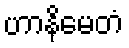
ဟာနိမေတံ